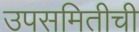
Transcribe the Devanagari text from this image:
उपसमितीची